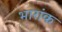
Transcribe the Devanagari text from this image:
भारांक